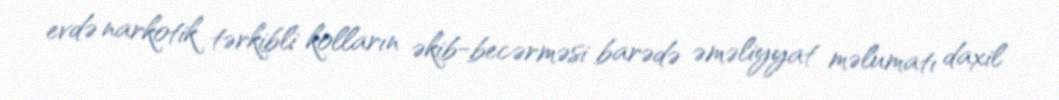
evdə narkotik tərkibli kolların əkib-becərməsi barədə əməliyyat məlumatı daxil